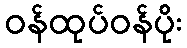
ဝန်ထုပ်ဝန်ပိုး